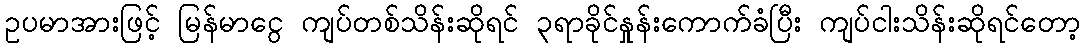
ဥပမာအားဖြင့် မြန်မာငွေ ကျပ်တစ်သိန်းဆိုရင် ၃ရာခိုင်နှုန်းကောက်ခံပြီး ကျပ်ငါးသိန်းဆိုရင်တော့